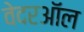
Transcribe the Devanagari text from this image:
वेदरऑल